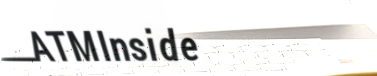
ATMInside